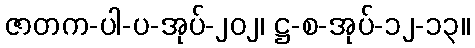
ဇာတက-ပါ-ပ-အုပ်-၂၀၂၊ ဋ္ဌ-စ-အုပ်-၁၂-၁၃။